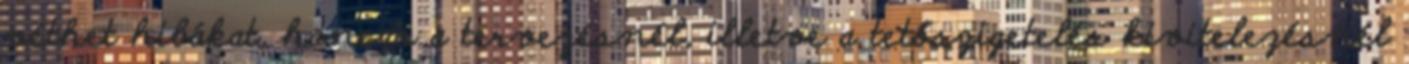
véthet hibákat, hanem a tervezésnél, illetve a tetőszigetelés kivitelezésnél